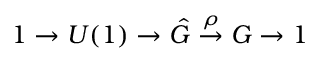
1 \to U ( 1 ) \to \hat { G } \stackrel { \rho } { \to } G \to 1